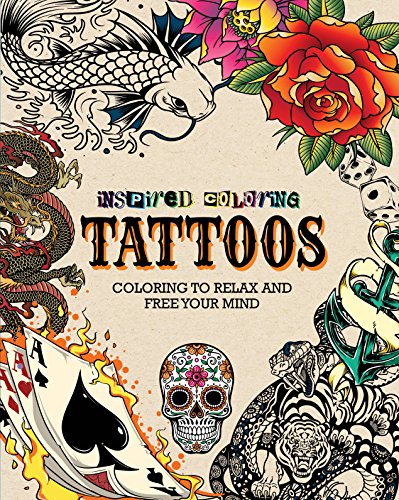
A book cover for Tattoos Inspired Coloring; Parragon Books; Arts & Photography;